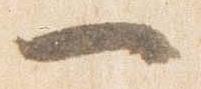
一